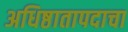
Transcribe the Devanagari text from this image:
अधिष्ठातापदाचा